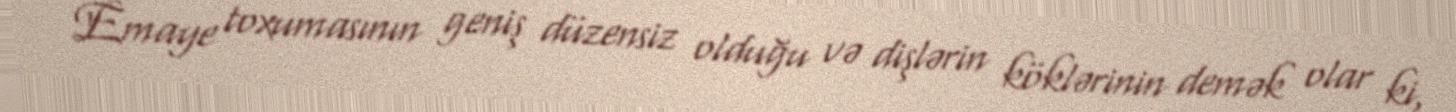
Emaye toxumasının geniş düzensiz olduğu və dişlərin köklərinin demək olar ki,